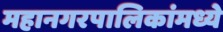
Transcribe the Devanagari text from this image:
महानगरपालिकांमध्ये